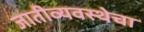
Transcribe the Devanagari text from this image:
जातीव्यवस्थेचा